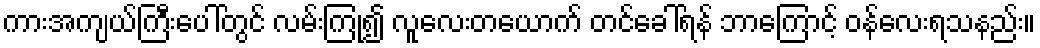
ကားအကျယ်ကြီးပေါ်တွင် လမ်းကြုံ၍ လူလေးတယောက် တင်ခေါ်ရန် ဘာကြောင့် ဝန်လေးရသနည်း။